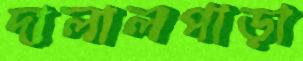
দালালপাড়া